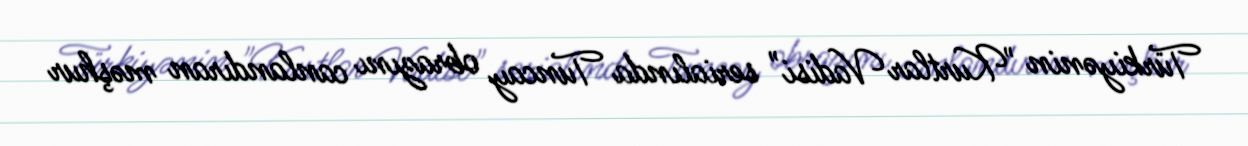
Türkiyənin "Kurtlar Vadisi" serialında Tuncay obrazını canlandıran məşhur